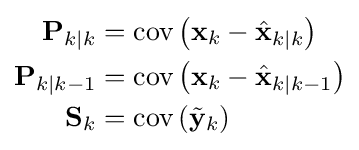
{\begin{aligned}\mathbf {P} _{k\mid k}&=\operatorname {cov} \left(\mathbf {x} _{k}-{\hat {\mathbf {x} }}_{k\mid k}\right)\\\mathbf {P} _{k\mid k-1}&=\operatorname {cov} \left(\mathbf {x} _{k}-{\hat {\mathbf {x} }}_{k\mid k-1}\right)\\\mathbf {S} _{k}&=\operatorname {cov} \left({\tilde {\mathbf {y} }}_{k}\right)\end{aligned}}